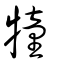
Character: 犝